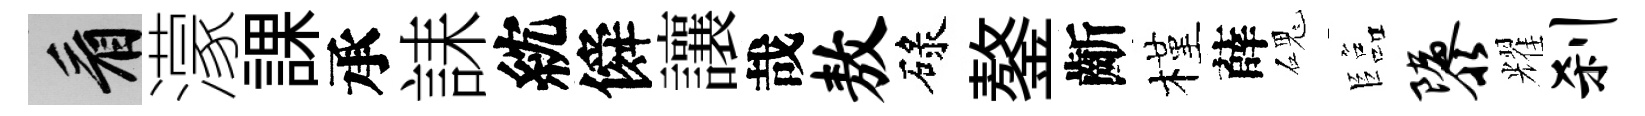
看濛課承誄紞僢讓哉敖碌鏊齗槿薛磈臨隳耀刹